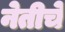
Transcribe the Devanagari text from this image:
नेतीचे